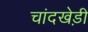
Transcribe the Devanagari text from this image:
चांदखेड़ी